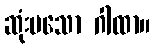
ဆုံးမသော ဂါထာ။